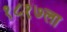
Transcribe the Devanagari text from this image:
१८१७ला